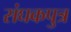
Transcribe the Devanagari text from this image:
संघकपुत्र